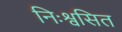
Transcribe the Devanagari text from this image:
निःश्वसित